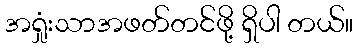
အရှုံးသာအဖတ်တင်ဖို့ ရှိပါ တယ်။